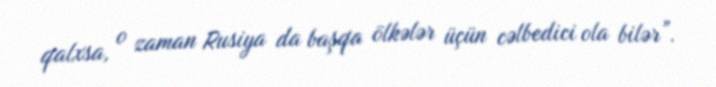
qalxsa, o zaman Rusiya da başqa ölkələr üçün cəlbedici ola bilər”.